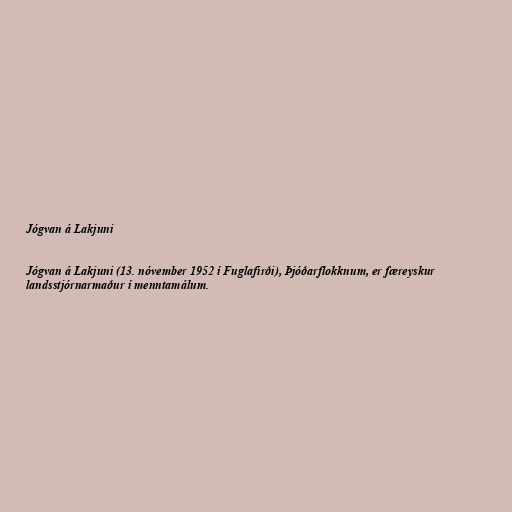
Jógvan á Lakjuni

Jógvan á Lakjuni (13. nóvember 1952 í Fuglafirði), Þjóðarflokknum, er færeyskur
landsstjórnarmaður í menntamálum.